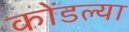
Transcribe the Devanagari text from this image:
कोंडल्या